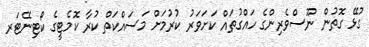
ގުޅޭ ގޮތުން ނޫސްވެރިންގެ ހައްގުތައް ކަށަވަރު ކުރުމަށް މަސައްކަތް ކުރާ ކޮމެޓީގެ ކޯޓިނޭޓަރ